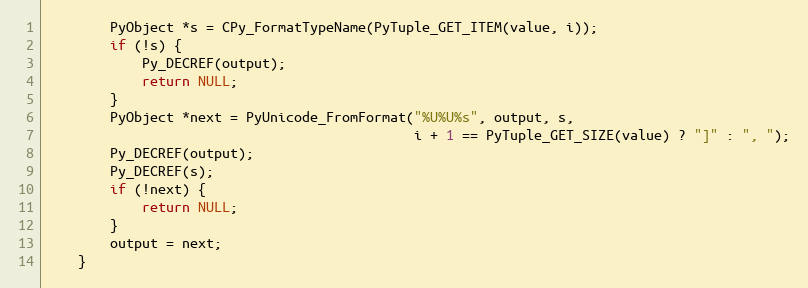
Language: C
        PyObject *s = CPy_FormatTypeName(PyTuple_GET_ITEM(value, i));
        if (!s) {
            Py_DECREF(output);
            return NULL;
        }
        PyObject *next = PyUnicode_FromFormat("%U%U%s", output, s,
                                              i + 1 == PyTuple_GET_SIZE(value) ? "]" : ", ");
        Py_DECREF(output);
        Py_DECREF(s);
        if (!next) {
            return NULL;
        }
        output = next;
    }